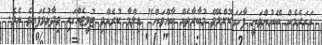
އަހަރެމެން ބޭނުންވަނީ ފާހަގަކޮށްލެވޭ މުބާރާތެއް ބާއްވަން" ޑިލްމާ ކުރެއްވި ޓުވީޓެއްގައި ވިދާޅުވެފައިވެ އެވެ.